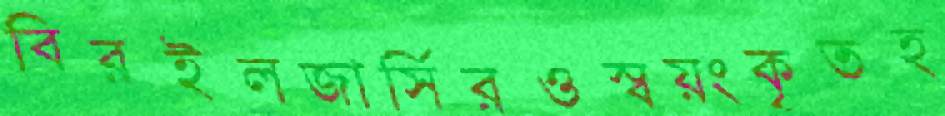
বিরইলজার্সিরওস্বয়ংকৃতহ